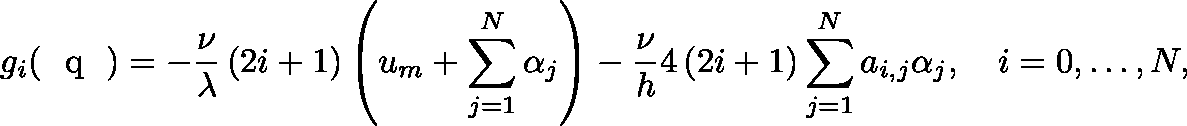
g _ { i } ( \textrm { \boldmath { q } } ) = - \frac { \nu } { \lambda } \left( 2 i + 1 \right) \left( u _ { m } + \sum _ { j = 1 } ^ { N } \alpha _ { j } \right) - \frac { \nu } { h } 4 \left( 2 i + 1 \right) \sum _ { j = 1 } ^ { N } a _ { i , j } \alpha _ { j } , \quad i = 0 , \ldots , N ,